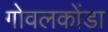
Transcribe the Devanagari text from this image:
गोवलकोंडा